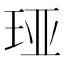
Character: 𮴏